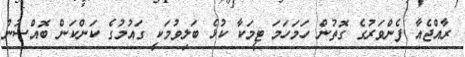
ރާއްޖެއާ ފެންވަރުގެ ގޮތުން ހަމަހަމަ ޓީމަކާ ކުޅެ ބަލިވުމަކީ ގައުމުގެ ކަންކަން ބޮއްސުން